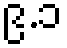
၉.၁